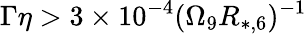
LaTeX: \Gamma\eta>3\times 10^{-4}(\Omega_{9}R_{*,6})^{-1}